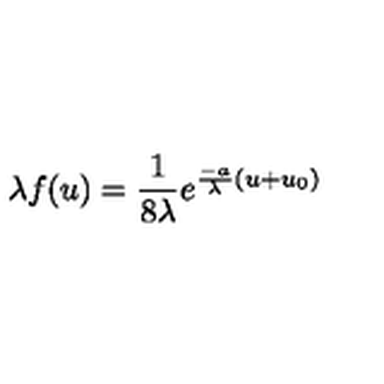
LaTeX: \lambda f ( u ) = \frac 1 { 8 \lambda } e ^ { \frac { - a } { \lambda } ( u + u _ { 0 } ) }